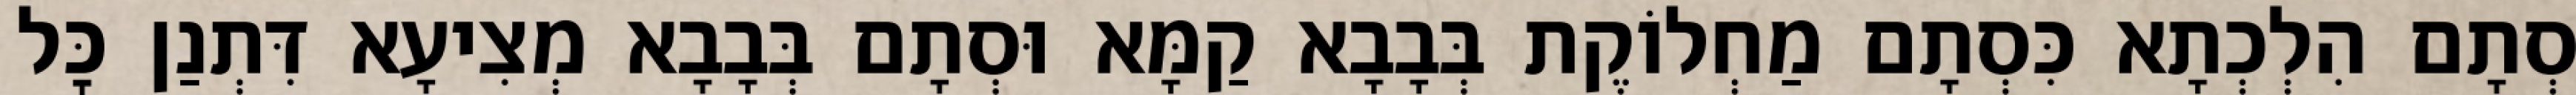
סְתָם הִלְכְתָא כִּסְתָם מַחְלוֹקֶת בְּבָבָא קַמָּא וּסְתָם בְּבָבָא מְצִיעָא דִּתְנַן כׇּל